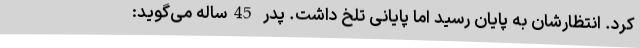
کرد. انتظارشان به پایان رسید اما پایانی تلخ داشت. پدر 45ساله می‌گوید: